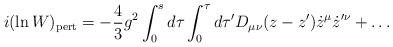
LaTeX: \begin{align*}i (\ln W)_{\rm pert} = -{4\over 3} g^2 \int_0^{s} d \tau \int_0^{\tau } d\tau^{\prime} D_{\mu \nu}(z-z^{\prime}) \dot{z}^{\mu} \dot{z}^{\prime \nu}+ \dots\end{align*}